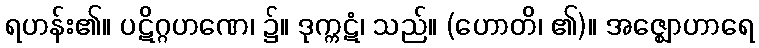
ရဟန်း၏။ ပဋိဂ္ဂဟဏေ၊ ၌။ ဒုက္ကဋံ၊ သည်။ (ဟောတိ၊ ၏)။ အဇ္ဈောဟာရေ